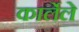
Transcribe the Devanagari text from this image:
कार्लेले